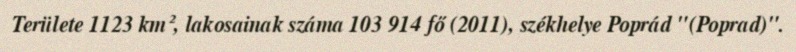
Területe 1123 km², lakosainak száma 103 914 fő (2011), székhelye Poprád "(Poprad)".